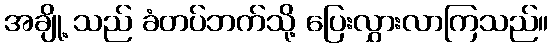
အချို့ သည် ခံတပ်ဘက်သို့ ပြေးလွှားလာကြသည်။